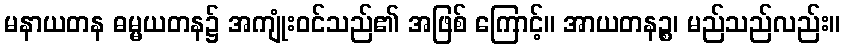
မနာယတန ဓမ္မယတန၌ အကျုံးဝင်သည်၏ အဖြစ် ကြောင့်။ အာယတနဉ္စ၊ မည်သည်လည်း။